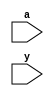
`timescale 1ns/1ps
// shift left 2bit
// 
module sl2 (
    input wire[31:0]a,
    input wire[31:0]y
);
    assign y = {a[29:0],2'b00};  
endmodule